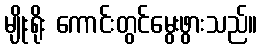
မျိုးရိုး ကောင်းတွင်မွေးဖွားသည်။